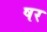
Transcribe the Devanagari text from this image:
षर